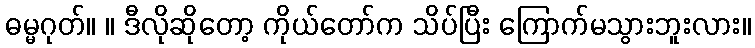
ဓမ္မဂုတ်။ ။ ဒီလိုဆိုတော့ ကိုယ်တော်က သိပ်ပြီး ကြောက်မသွားဘူးလား။